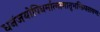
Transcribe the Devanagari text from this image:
धनंजयोपिधर्मात्मामातृभक्तिपरायणः